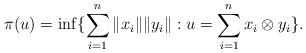
LaTeX: \begin{align*}\pi(u) = \inf \{ \sum_{i=1}^{n}\Vert x_i \Vert \Vert y_i\Vert: u =\sum_{i=1}^n x_i \otimes y_i \}.\end{align*}